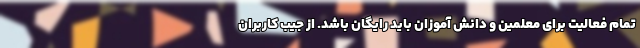
تمام فعالیت برای معلمین و دانش آموزان باید رایگان باشد. از جیب کاربران